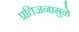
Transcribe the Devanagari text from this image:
प्रतिजनामुळे